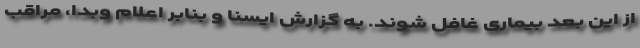
از این بُعد بیماری غافل شوند. به گزارش ایسنا و بنابر اعلام وبدا، مراقب